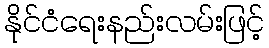
နိုင်ငံရေးနည်းလမ်းဖြင့်